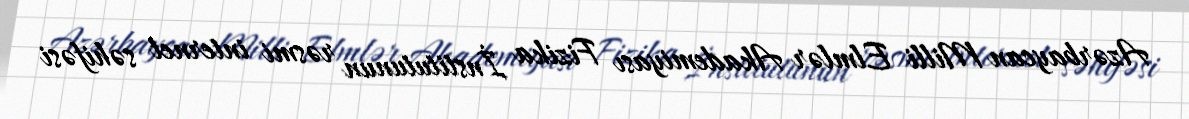
Azərbaycan Milli Elmlər Akademiyası Fizika İnstitutunun rəsmi internet səhifəsi